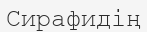
Сирафидің